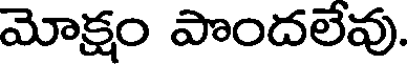
మోక్షం పొందలేవు.